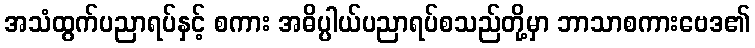
အသံထွက်ပညာရပ်နှင့် စကား အဓိပ္ပါယ်ပညာရပ်စသည်တို့မှာ ဘာသာစကားဗေဒ၏